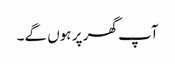
آپ گھر پر ہوں گے۔